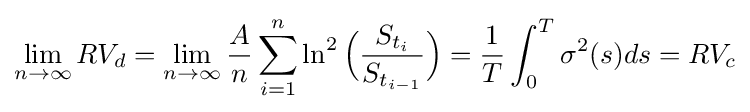
\lim _{n\to \infty }RV_{d}=\lim _{n\to \infty }{\frac {A}{n}}\sum _{i=1}^{n}\ln ^{2}{\Big (}{\frac {S_{t_{i}}}{S_{t_{i-1}}}}{\Big )}={\frac {1}{T}}\int _{0}^{T}\sigma ^{2}(s)ds=RV_{c}